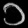
Digit: ၁